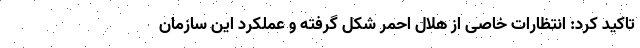
تاکید کرد: انتظارات خاصی از هلال احمر شکل گرفته و عملکرد این سازمان